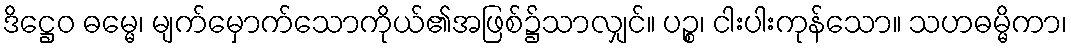
ဒိဋ္ဌေဝ ဓမ္မေ၊ မျက်မှောက်သောကိုယ်၏အဖြစ်၌သာလျှင်။ ပဉ္စ၊ ငါးပါးကုန်သော။ သဟဓမ္မိကာ၊